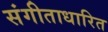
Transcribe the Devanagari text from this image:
संगीताधारित